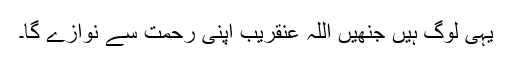
یہی لوگ ہیں جنھیں اللہ عنقریب اپنی رحمت سے نوازے گا۔